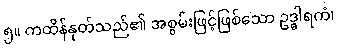
၅။ ကထိန်နုတ်သည်၏ အစွမ်းဖြင့်ဖြစ်သော ဥဒ္ဓါရကံ၊